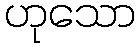
ဟုသော